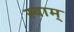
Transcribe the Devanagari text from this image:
स्याम्‌